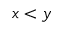
x < y